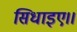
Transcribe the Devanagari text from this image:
सिधाइए।।